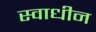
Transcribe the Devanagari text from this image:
स्‍वाधीन